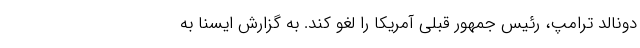
دونالد ترامپ، رئیس جمهور قبلی آمریکا را لغو کند. به گزارش ایسنا به